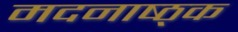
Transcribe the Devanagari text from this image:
मदनाष्ठ्क